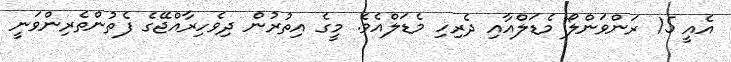
އެއީ 15 ރަންވަންލޯ މެޑަލްއާއި ދެރިހި މެޑަލްއެވެ. މީގެ އިތުރުން ދިވެހިރާއްޖޭގެ ފެތުންތެރިންވަނީ